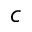
c